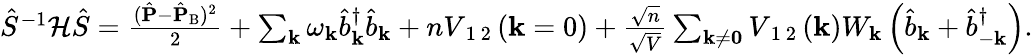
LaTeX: \begin{array}{r}{\hat{S}^{-1}\mathcal{H}\hat{S}=\frac{(\hat{\mathbf{P}}-\hat{\mathbf{P}}_{\mathrm{B}})^{2}}{2}+\sum_{\mathbf{k}}\omega_{\mathbf{k}}\hat{b}_{\mathbf{k}}^{\dagger}\hat{b}_{\mathbf{k}}+nV_{\mathrm{~1~2~}}(\mathbf{k}=0)+\frac{\sqrt{n}}{\sqrt{V}}\sum_{\mathbf{k\neq 0}}V_{\mathrm{~1~2~}}(\mathbf{k})W_{\mathbf{k}}\left(\hat{b}_{\mathbf{k}}+\hat{b}_{-\mathbf{k}}^{\dagger}\right).}\end{array}